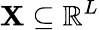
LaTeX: \mathbf{X}\subseteq\mathbb{{R}}^{L}